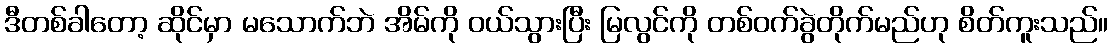
ဒီတစ်ခါတော့ ဆိုင်မှာ မသောက်ဘဲ အိမ်ကို ဝယ်သွားပြီး မြလွင်ကို တစ်ဝက်ခွဲတိုက်မည်ဟု စိတ်ကူးသည်။